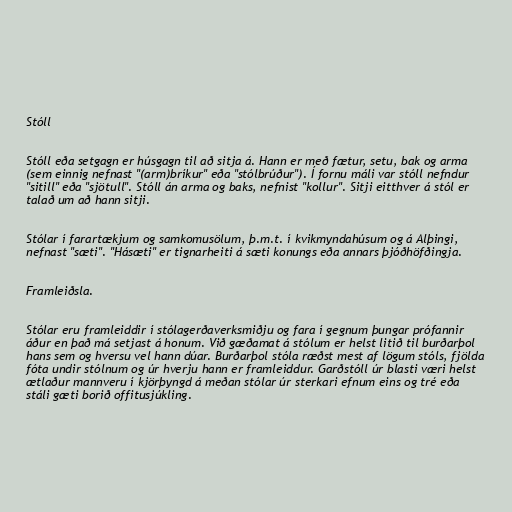
Stóll

Stóll eða setgagn er húsgagn til að sitja á. Hann er með fætur, setu, bak og arma
(sem einnig nefnast "(arm)bríkur" eða "stólbrúður"). Í fornu máli var stóll nefndur
"sitill" eða "sjötull". Stóll án arma og baks, nefnist "kollur". Sitji eitthver á stól er
talað um að hann sitji.

Stólar í farartækjum og samkomusölum, þ.m.t. í kvikmyndahúsum og á Alþingi,
nefnast "sæti". "Hásæti" er tignarheiti á sæti konungs eða annars þjóðhöfðingja.

Framleiðsla.

Stólar eru framleiddir í stólagerðaverksmiðju og fara í gegnum þungar prófannir
áður en það má setjast á honum. Við gæðamat á stólum er helst litið til burðarþol
hans sem og hversu vel hann dúar. Burðarþol stóla ræðst mest af lögum stóls, fjölda
fóta undir stólnum og úr hverju hann er framleiddur. Garðstóll úr blasti væri helst
ætlaður mannveru í kjörþyngd á meðan stólar úr sterkari efnum eins og tré eða
stáli gæti borið offitusjúkling.